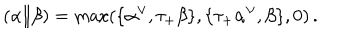
LaTeX: ( \alpha \| \beta ) = \max ( \{ \alpha ^ { \vee } , \tau _ { + } \beta \} , \{ \tau _ { + } \alpha ^ { \vee } , \beta \} , 0 ) \, .